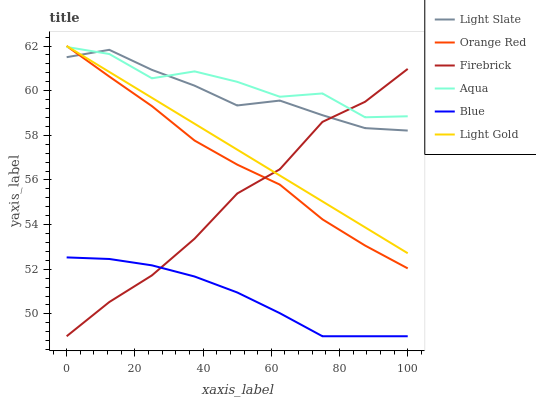
| xaxis_label | Light Slate | Orange Red | Firebrick | Aqua | Blue | Light Gold |
 | --- | --- | --- | --- | --- | --- | --- |
 | 0 | 61.5 | 62 | 49 | 62 | 52.5 | 62 |
 | 12.5 | 61.8 | 60.6 | 50.5 | 61.6 | 52.5 | 60.8 |
 | 25 | 60.9 | 59.3 | 51.7 | 60.6 | 52.2 | 59.7 |
 | 37.5 | 60.2 | 57.8 | 53.4 | 60.9 | 51.7 | 58.5 |
 | 50 | 59.3 | 56.7 | 55.4 | 60.4 | 51 | 57.4 |
 | 62.5 | 59.6 | 55.8 | 56.5 | 59.7 | 50 | 56.2 |
 | 75 | 58.9 | 54.2 | 58.6 | 59.9 | 49 | 55 |
 | 87.5 | 58.3 | 53.1 | 59.5 | 58.8 | 49 | 53.9 |
 | 100 | 58.2 | 52 | 61 | 58.9 | 49 | 52.7 |